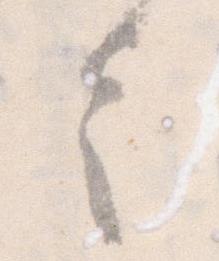
令